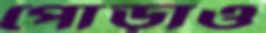
পোড়াও